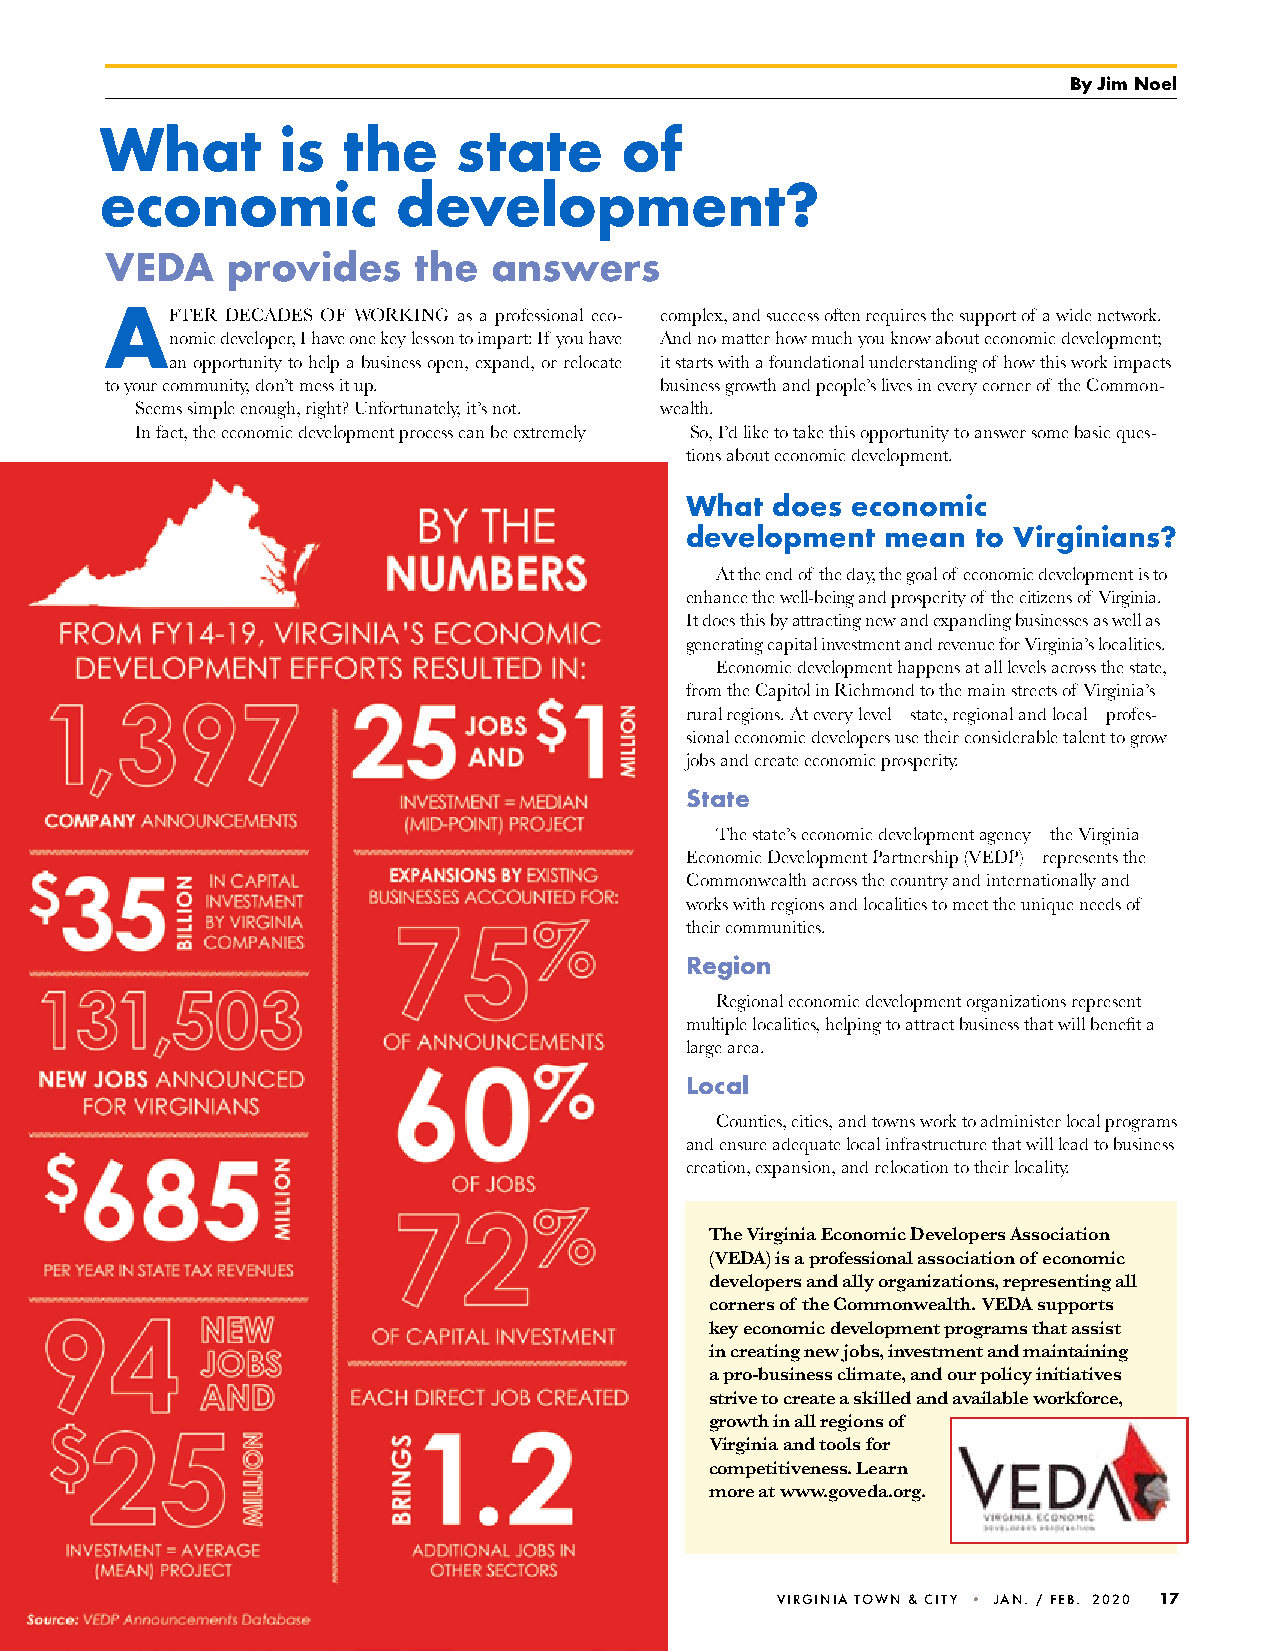
By Jim Noel
 What       is   the    state      of
 economic           development?
 VeDA    provides    the   answers
 AFTER   DECADES oF WORKING as a professional eco- complex, and success often requires the support of a wide network.
 nomic developer, I have one key lesson to impart: If you have And no matter how much you know about economic development;
 an opportunity to help a business open, expand, or relocate it starts with a foundational understanding of how this work impacts
 to your community, don’t mess it up. business growth and people’s lives in every corner of the Common-
 Seems simple enough, right? unfortunately, it’s not. wealth.
 In fact, the economic development process can be extremely So, I’d like to take this opportunity to answer some basic ques-
 tions about economic development.
 What  does economic
 development   mean  to Virginians?
 At the end of the day, the goal of economic development is to
 enhance the well-being and prosperity of the citizens of Virginia.
 It does this by attracting new and expanding businesses as well as
 generating capital investment and revenue for Virginia’s localities.
 Economic development happens at all levels across the state,
 from the Capitol in Richmond to the main streets of Virginia’s
 rural regions. At every level – state, regional and local – profes-
 sional economic developers use their considerable talent to grow
 jobs and create economic prosperity.
 State
 The state’s economic development agency – the Virginia
 Economic Development Partnership (VEDP) – represents the
 Commonwealth across the country and internationally and
 works with regions and localities to meet the unique needs of
 their communities.
 Region
 Regional economic development organizations represent
 multiple localities, helping to attract business that will benefit a
 large area.
 local
 Counties, cities, and towns work to administer local programs
 and ensure adequate local infrastructure that will lead to business
 creation, expansion, and relocation to their locality.
 The Virginia Economic Developers Association
 (VEDA) is a professional association of economic
 developers and ally organizations, representing all
 corners of the Commonwealth. VEDA supports
 key economic development programs that assist
 in creating new jobs, investment and maintaining
 a pro-business climate, and our policy initiatives
 strive to create a skilled and available workforce,
 growth in all regions of
 Virginia and tools for
 competitiveness. Learn
 more at www.goveda.org.
 VIRGINIa TOWN & CITY • jaN. / Feb. 2020 17